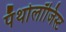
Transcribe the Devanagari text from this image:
पॅथोलॉजिस्ट